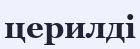
церилді